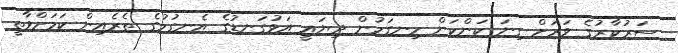
ސަރުކާރުގެ ވަރަށް ގިނަ ކަންކަން ހިނގަމުން ދިޔައީ އަޅުގަނޑުގެ އެނގުމުގެ ތެރެއިން ކަމަށްވާތީ